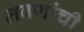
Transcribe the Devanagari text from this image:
लवणांची